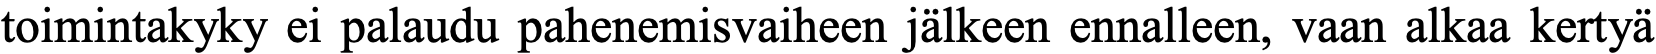
toimintakyky ei palaudu pahenemisvaiheen jälkeen ennalleen, vaan alkaa kertyä